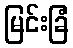
မြင်းခြံ